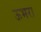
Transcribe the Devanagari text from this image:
ऊभरा